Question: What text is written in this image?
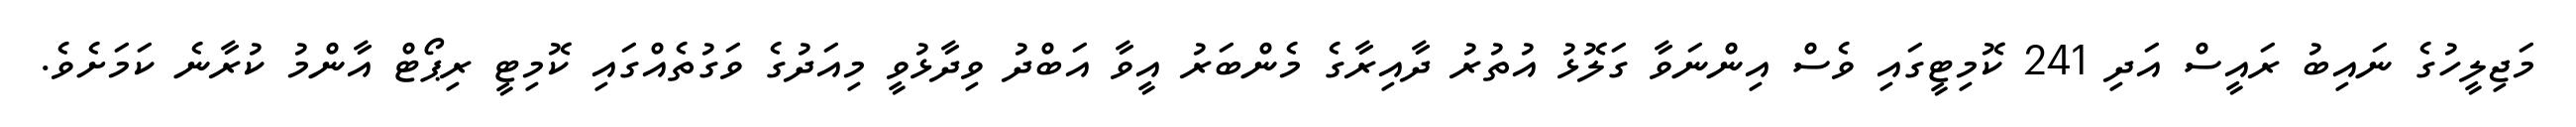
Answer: މަޖިލީހުގެ ނައިބު ރައީސް އަދި 241 ކޮމިޓީގައި ވެސް އިންނަވާ ގަލޮޅު އުތުރު ދާއިރާގެ މެންބަރު އީވާ އަބްދު ވިދާޅުވީ މިއަދުގެ ވަގުތެއްގައި ކޮމިޓީ ރިޕޯޓް އާންމު ކުރާނެ ކަމަށެވެ.